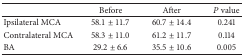
<table><thead><tr><td><b> </b></td><td><b>Before</b></td><td><b>After</b></td><td><b><i>P</i> value</b></td></tr></thead><tbody><tr><td>Ipsilateral MCA</td><td>58.1 ± 11.7</td><td>60.7 ± 14.4</td><td>0.241</td></tr><tr><td>Contralateral MCA</td><td>58.3 ± 11.0</td><td>61.2 ± 11.7</td><td>0.114</td></tr><tr><td>BA</td><td>29.2 ± 6.6</td><td>35.5 ± 10.6</td><td>0.005</td></tr></tbody></table>